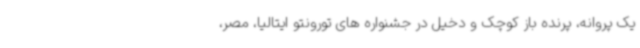
یک پروانه، پرنده باز کوچک و دخیل در جشنواره های تورونتو ایتالیا، مصر،